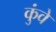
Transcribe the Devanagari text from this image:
कुंवे